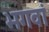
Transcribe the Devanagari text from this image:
भगवां